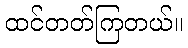
ထင်တတ်ကြတယ်။